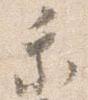
乗